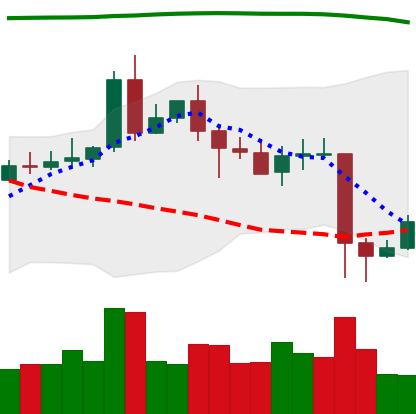
Ticker: EOS-USD
Chart end date: 2020-05-13
Forward return: 5.205%
Label: up_5_7